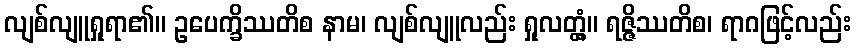
လျစ်လျူရှုရာ၏။ ဥပေက္ခိဿတိစ နာမ၊ လျစ်လျူလည်း ရှုလတ္တံ့။ ရဇ္ဇိဿတိစ၊ ရာဂဖြင့်လည်း